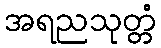
အရညသုတ္တံ